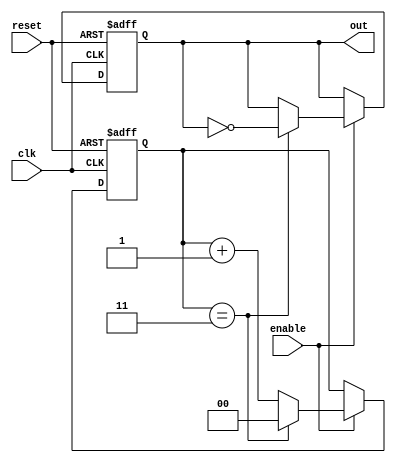
module divide_by_n_counter #(
    parameter N = 4 // Default value of N
)(
    input wire clk,       // Clock input
    input wire reset,     // Asynchronous reset
    input wire enable,    // Enable signal
    output reg out        // Output signal that toggles every N counts
);

    // Internal counter to keep track of the current count
    reg [$clog2(N)-1:0] count; // Counter size based on N

    // Always block for synchronous counting
    always @(posedge clk or posedge reset) begin
        if (reset) begin
            count <= 0; // Reset counter to 0
            out <= 0;   // Reset output
        end else if (enable) begin
            if (count == N-1) begin
                count <= 0; // Reset count to 0 when it reaches N
                out <= ~out; // Toggle output
            end else begin
                count <= count + 1; // Increment count
            end
        end
    end

endmodule